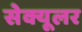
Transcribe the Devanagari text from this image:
सेक्यूलर